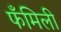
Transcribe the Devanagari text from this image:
फँमिली